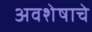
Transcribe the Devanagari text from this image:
अवशेषाचे